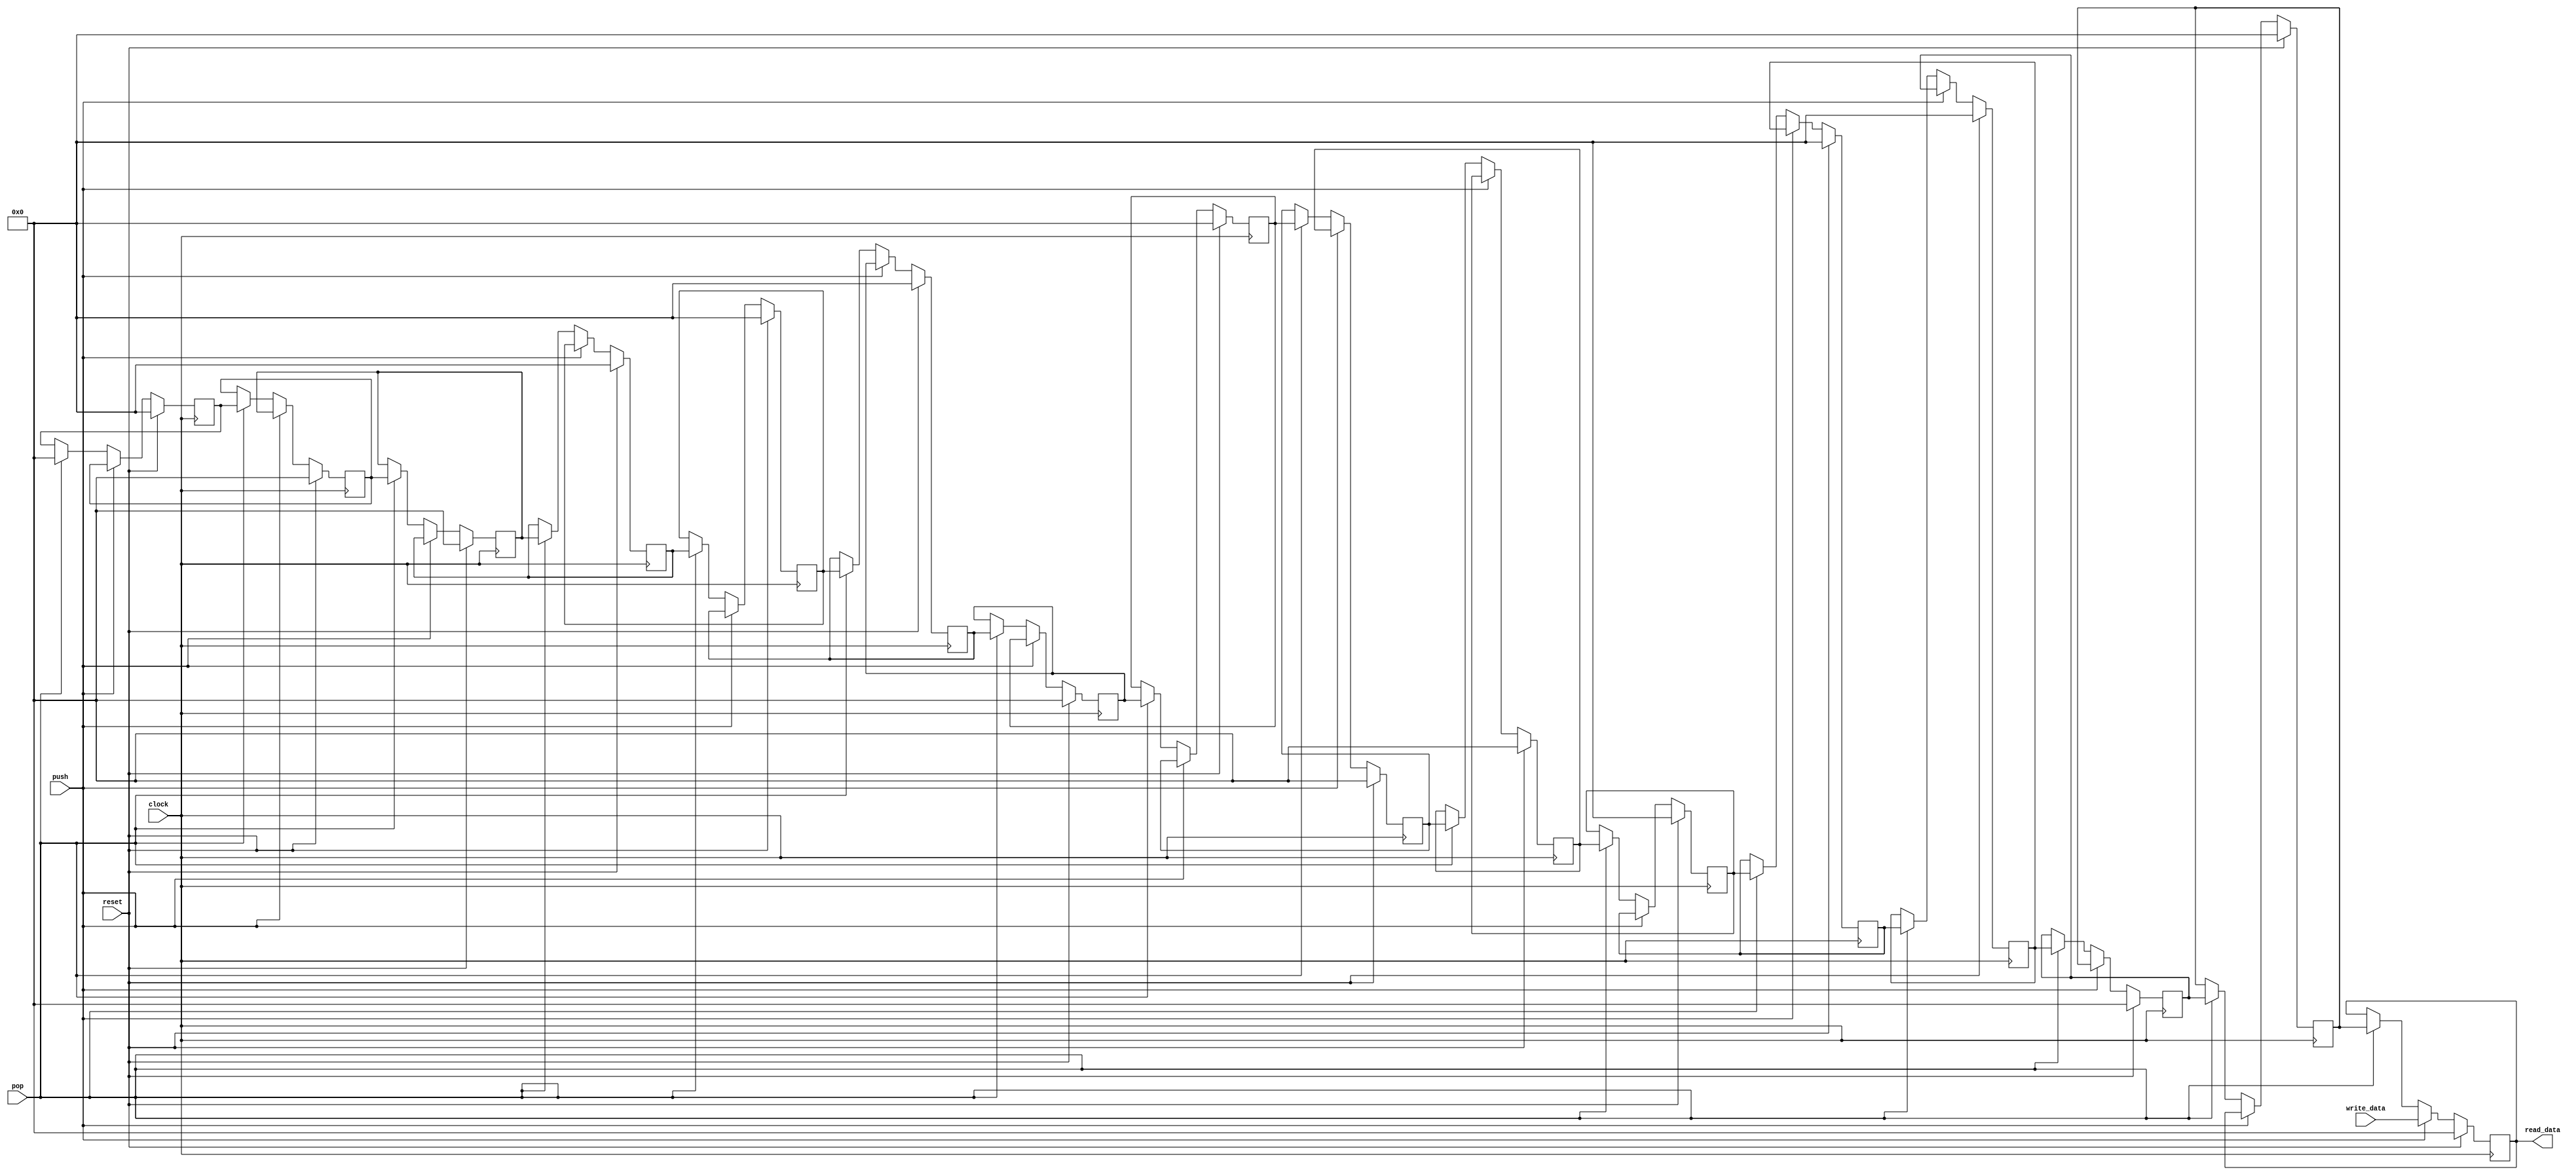
module stack_opcode
(
    input  clock,
    input  reset,
    input  push,
    input  pop,

    input  [3:0] write_data,
    output [3:0] read_data
);

    reg [3:0] stack [0:15];

    assign read_data = stack [0];

    integer i;

    always @(posedge clock)
    begin
        if (reset)
        begin
            for (i = 0; i < 16; i = i + 1)
                stack [i] <= 0;
        end
        else if (push)
        begin
            for (i = 0; i < 16 - 1; i = i + 1)
                stack [i + 1] <= stack [i];

            stack [0] <= write_data;
        end
        else if (pop)
        begin
            for (i = 0; i < 16 - 1; i = i + 1)
                stack [i] <= stack [i + 1];

            stack [16 - 1] <= 0;
        end

    end

endmodule